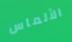
الألماس